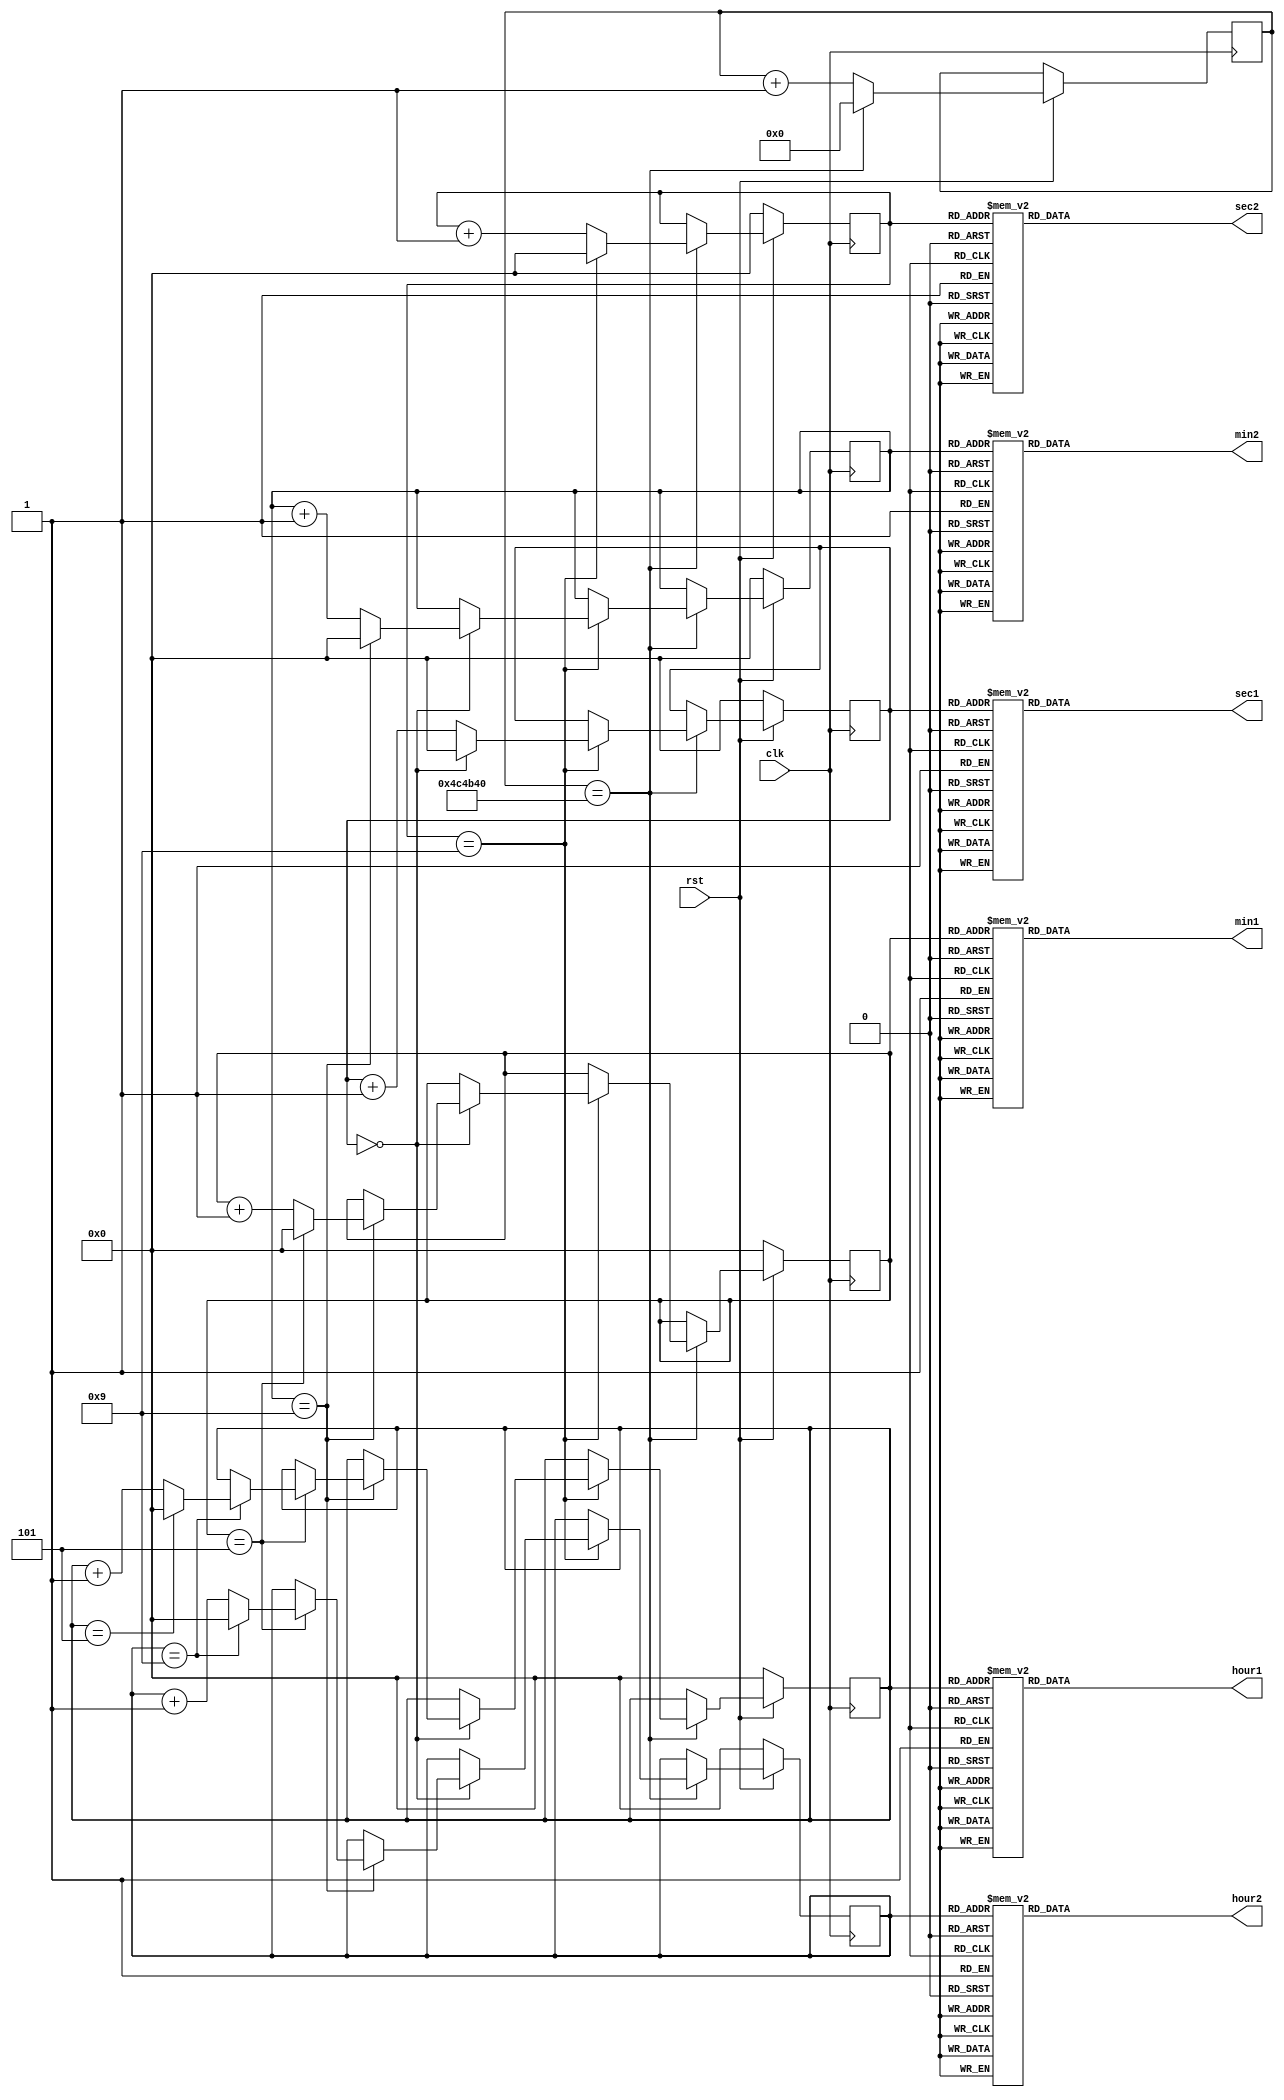
module sevenseg (
  input clk,
  input wire rst,
  output [6:0] hour1,
  output [6:0] hour2,
  output [6:0] min1,
  output [6:0] min2,
  output [6:0] sec1,
  output [6:0] sec2
);

  reg [26:0] counter = 0;
  reg [3:0] count1 = 0;
  reg [3:0] count2 = 0;
  reg [3:0] count3 = 0;
  reg [3:0] count4 = 0;
  reg [3:0] count5 = 0;
  reg [3:0] count6 = 0;
  reg [6:0] h1 = 0;
  reg [6:0] h2 = 0;
  reg [6:0] m1 = 0;
  reg [6:0] m2 = 0;
  reg [6:0] s1 = 0;
  reg [6:0] s2 = 0;
  
  always @(posedge clk) begin
  if (rst) begin
    if (counter == 50_000_00) begin
      counter <= 0;
		count1 <= count1 + 1;
      if (count1 == 9) begin
		  count2 <= count2 + 1;
        count1 <= 0;
		  if (count2 == 0) begin
		    count2 <= 0;
			 count3 <= count3 + 1;
			 if (count3 == 9) begin
		      count3 <= 0;
				count4 <= count4 + 1;
			   if (count4 == 5) begin
		        count4 <= 0;
				  count5 <= count5 + 1; 
				  if (count5 == 9) begin
		          count5 <= 0; 
					 count6 <= count6 + 1;	
					 if (count6 == 5) begin
		            count6 <= 0; 
			       end
		         end
		        end
		       end  
            end
		     end
			 end
     else begin
         counter <= counter + 1;
     end
     end
	  else begin
	   count1 = 0;
      count2 = 0;
      count3 = 0;
      count4 = 0;
      count5 = 0;
      count6 = 0;
		end
  end

	
  always @(count6) begin
    case (count6)
      4'b0000: h1 <= 7'b1000000; // 0
      4'b0001: h1 <= 7'b1111001; // 1
      4'b0010: h1 <= 7'b0100100; // 2
      4'b0011: h1 <= 7'b0110000; // 3
      4'b0100: h1 <= 7'b0011001; // 4
      4'b0101: h1 <= 7'b0010010; // 5
      4'b0110: h1 <= 7'b0000010; // 6
      4'b0111: h1 <= 7'b1111000; // 7
      4'b1000: h1 <= 7'b0000000; // 8
      4'b1001: h1 <= 7'b0011000; // 9
      default: h1 <= 7'b1000000; // Display nothing (all segments off)
    endcase
  end
  always @(count5) begin
    case (count5)
      4'b0000: h2 <= 7'b1000000; // 0
      4'b0001: h2 <= 7'b1111001; // 1
      4'b0010: h2 <= 7'b0100100; // 2
      4'b0011: h2 <= 7'b0110000; // 3
      4'b0100: h2 <= 7'b0011001; // 4
      4'b0101: h2 <= 7'b0010010; // 5
      4'b0110: h2 <= 7'b0000010; // 6
      4'b0111: h2 <= 7'b1111000; // 7
      4'b1000: h2 <= 7'b0000000; // 8
      4'b1001: h2 <= 7'b0011000; // 9
      default: h2 <= 7'b1000000; // Display nothing (all segments off)
    endcase
  end
  always @(count4) begin
    case (count4)
      4'b0000: m1 <= 7'b1000000; // 0
      4'b0001: m1 <= 7'b1111001; // 1
      4'b0010: m1 <= 7'b0100100; // 2
      4'b0011: m1 <= 7'b0110000; // 3
      4'b0100: m1 <= 7'b0011001; // 4
      4'b0101: m1 <= 7'b0010010; // 5
      4'b0110: m1 <= 7'b0000010; // 6
      4'b0111: m1 <= 7'b1111000; // 7
      4'b1000: m1 <= 7'b0000000; // 8
      4'b1001: m1 <= 7'b0011000; // 9
      default: m1 <= 7'b1000000; // Display nothing (all segments off)
    endcase
  end
  
   always @(count3) begin
    case (count3)
      4'b0000: m2 <= 7'b1000000; // 0
      4'b0001: m2 <= 7'b1111001; // 1
      4'b0010: m2 <= 7'b0100100; // 2
      4'b0011: m2 <= 7'b0110000; // 3
      4'b0100: m2 <= 7'b0011001; // 4
      4'b0101: m2 <= 7'b0010010; // 5
      4'b0110: m2 <= 7'b0000010; // 6
      4'b0111: m2 <= 7'b1111000; // 7
      4'b1000: m2 <= 7'b0000000; // 8
      4'b1001: m2 <= 7'b0011000; // 9
      default: m2 <= 7'b1000000; // Display nothing (all segments off)
    endcase
  end
  
   always @(count2) begin
    case (count2)
      4'b0000: s1 <= 7'b1000000; // 0
      4'b0001: s1 <= 7'b1111001; // 1
      4'b0010: s1 <= 7'b0100100; // 2
      4'b0011: s1 <= 7'b0110000; // 3
      4'b0100: s1 <= 7'b0011001; // 4
      4'b0101: s1 <= 7'b0010010; // 5
      4'b0110: s1 <= 7'b0000010; // 6
      4'b0111: s1 <= 7'b1111000; // 7
      4'b1000: s1 <= 7'b0000000; // 8
      4'b1001: s1 <= 7'b0011000; // 9
      default: s1 <= 7'b1000000; // Display nothing (all segments off)
    endcase
  end
  always @(count1) begin
    case (count1)
      4'b0000: s2 <= 7'b1000000; // 0
      4'b0001: s2 <= 7'b1111001; // 1
      4'b0010: s2 <= 7'b0100100; // 2
      4'b0011: s2 <= 7'b0110000; // 3
      4'b0100: s2 <= 7'b0011001; // 4
      4'b0101: s2 <= 7'b0010010; // 5
      4'b0110: s2 <= 7'b0000010; // 6
      4'b0111: s2 <= 7'b1111000; // 7
      4'b1000: s2 <= 7'b0000000; // 8
      4'b1001: s2 <= 7'b0011000; // 9
      default: s2 <= 7'b1000000; // Display nothing (all segments off)
    endcase
  end
	
  assign hour1 = h1;
  assign hour2= h2;
  assign min1 = m1;
  assign min2 = m2;
  assign sec1 = s1;
  assign sec2 = s2;

endmodule